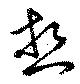
熱